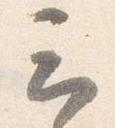
云